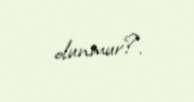
olunmur?.